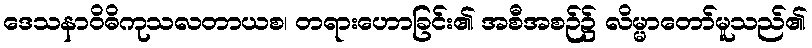
ဒေသနာဝိဓိကုသလတာယစ၊ တရားဟောခြင်း၏ အစီအစဉ်၌ လိမ္မာတော်မူသည်၏